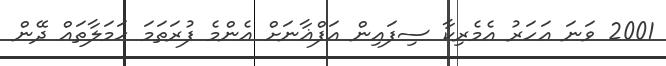
2001 ވަނަ އަހަރު އެމެރިކާ ސިފައިން އަފްޣާނަށް އެންމެ ފުރަތަމަ ހަމަލާތައް ދޭން